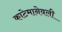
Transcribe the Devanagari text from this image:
काटेमानेवली